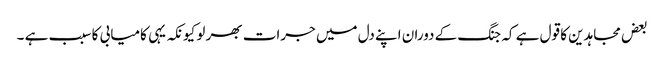
بعض مجاہدین کا قول ہے کہ جنگ کے دوران اپنے دل میں جرات بھر لو کیونکہ یہی کامیابی کا سبب ہے ۔